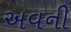
અવની